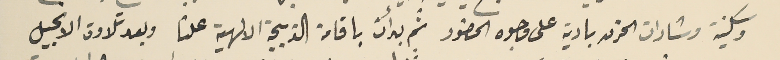
وسكينَة وشارات الحزن بادية على وجوه الحضور ثم بدأت باقامة الذبيحة الالهية علنا وبعد تلاوة الانجيل